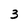
Character: 3